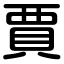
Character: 賈